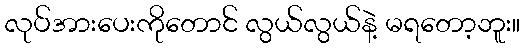
လုပ်အားပေးကိုတောင် လွယ်လွယ်နဲ့ မရတော့ဘူး။